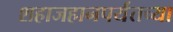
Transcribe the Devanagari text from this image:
शहाजहानपर्यंतच्या